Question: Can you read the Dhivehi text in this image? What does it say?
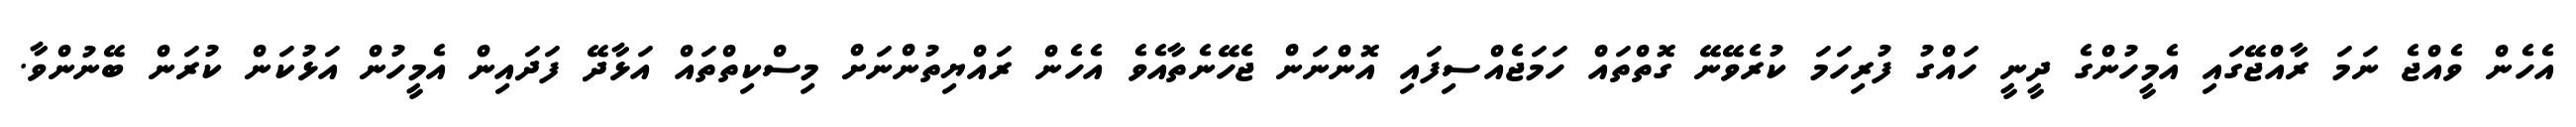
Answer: އެހެން ވެއްޖެ ނަމަ ރާއްޖޭގައި އެމީހުންގެ ދީނީ ހައްގު ފުރިހަމަ ކުރެވޭނޭ ގޮތްތައް ހަމަޖެއްސިފައި އޮންނަން ޖެހޭނެތާއެވެ އެހެން ރައްޔިތުންނަށް މިސްކިތްތައް އަޅާދޭ ފަދައިން އެމީހުން އަޅުކަން ކުރަން ބޭނުންވާ.